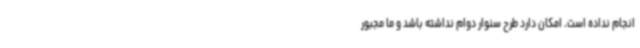
انجام نداده است. امکان دارد طرح سنوار دوام نداشته باشد و ما مجبور